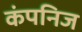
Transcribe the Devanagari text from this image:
कंपनिज